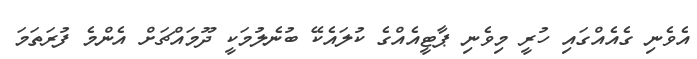
އެވެނި ގެއެއްގައި ހުރީ މިވެނި ޕާޓީއެއްގެ ކުލައެކޭ ބުނެލުމަކީ ދޫމައްޗަށް އެންމެ ފުރަތަމަ